Civil Veterinary Dept. North-West Frontier Province 1923-32 - 1923-1932
Year: 1923
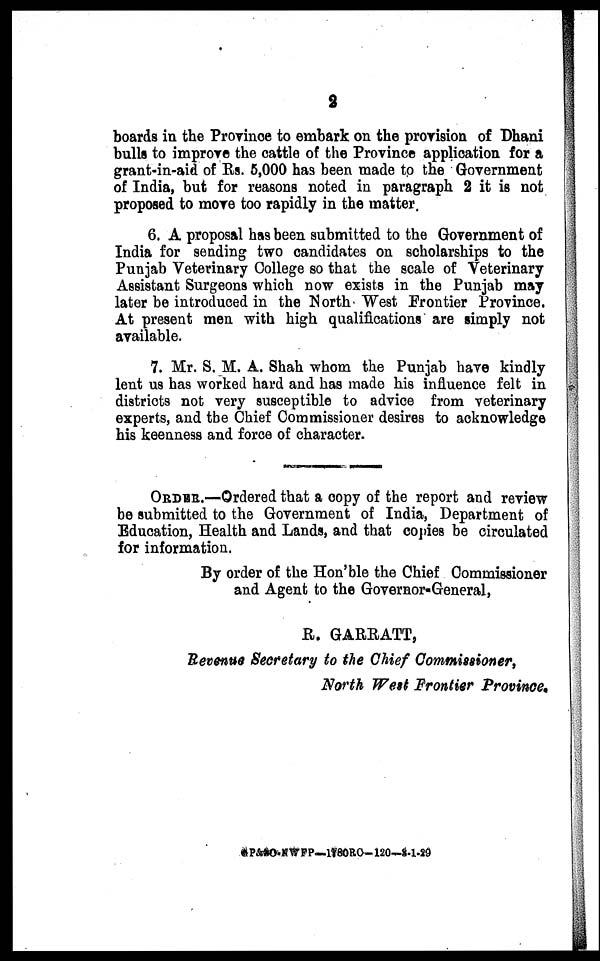
2
boards in the Province to embark on the provision of Dhani
bulls to improve the cattle of the Province application for a
grant-in-aid of Rs. 5,000 has been made to the Government
of India, but for reasons noted in paragraph 2 it is not
proposed to move too rapidly in the matter.
6. A proposal has been submitted to the Government of
India for sending two candidates on scholarships to the
Punjab Veterinary College so that the scale of Veterinary
Assistant Surgeons which now exists in the Punjab may
later be introduced in the North West Frontier Province.
At present men with high qualifications are simply not
available.
7. Mr. S. M. A. Shah whom the Punjab have kindly
lent us has worked hard and has made his influence felt in
districts not very susceptible to advice from veterinary
experts, and the Chief Commissioner desires to acknowledge
his keenness and force of character.
ORDER.—Ordered that a copy of the report and review
be submitted to the Government of India, Department of
Education, Health and Lands, and that copies be circulated
for information.
By order of the Hon'ble the Chief Commissioner
and Agent to the Governor-General,
R. GARRATT,
Revenue Secretary to the Chief Commissioner,
North West Frontier Province.
GP&SO-NWFP—1780RC-120—3-1-29